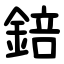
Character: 錇